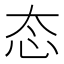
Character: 态